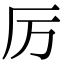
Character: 厉